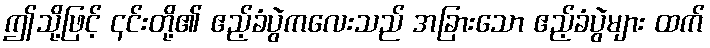
ဤသို့ဖြင့် ၎င်းတို့၏ ဧည့်ခံပွဲကလေးသည် အခြားသော ဧည့်ခံပွဲများ ထက်